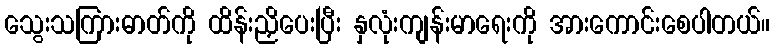
သွေးသကြားဓာတ်ကို ထိန်းညှိပေးပြီး နှလုံးကျန်းမာရေးကို အားကောင်းစေပါတယ်။